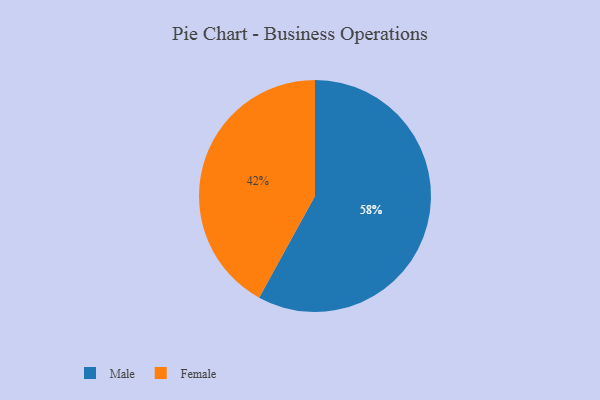
{"axis": {"x": "Category", "y": "Percentage"}, "legend": ["Female", "Male"], "data": [{"x": "Male", "y": 58, "type": "Male"}, {"x": "Female", "y": 42, "type": "Female"}]}